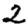
Digit: 2